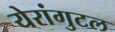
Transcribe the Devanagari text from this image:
येरांगुटल